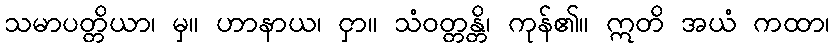
သမာပတ္တိယာ၊ မှ။ ဟာနာယ၊ ငှာ။ သံဝတ္တန္တိ၊ ကုန်၏။ ဣတိ အယံ ကထာ၊